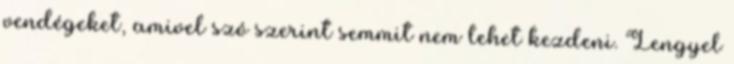
vendégeket, amivel szó szerint semmit nem lehet kezdeni. Lengyel